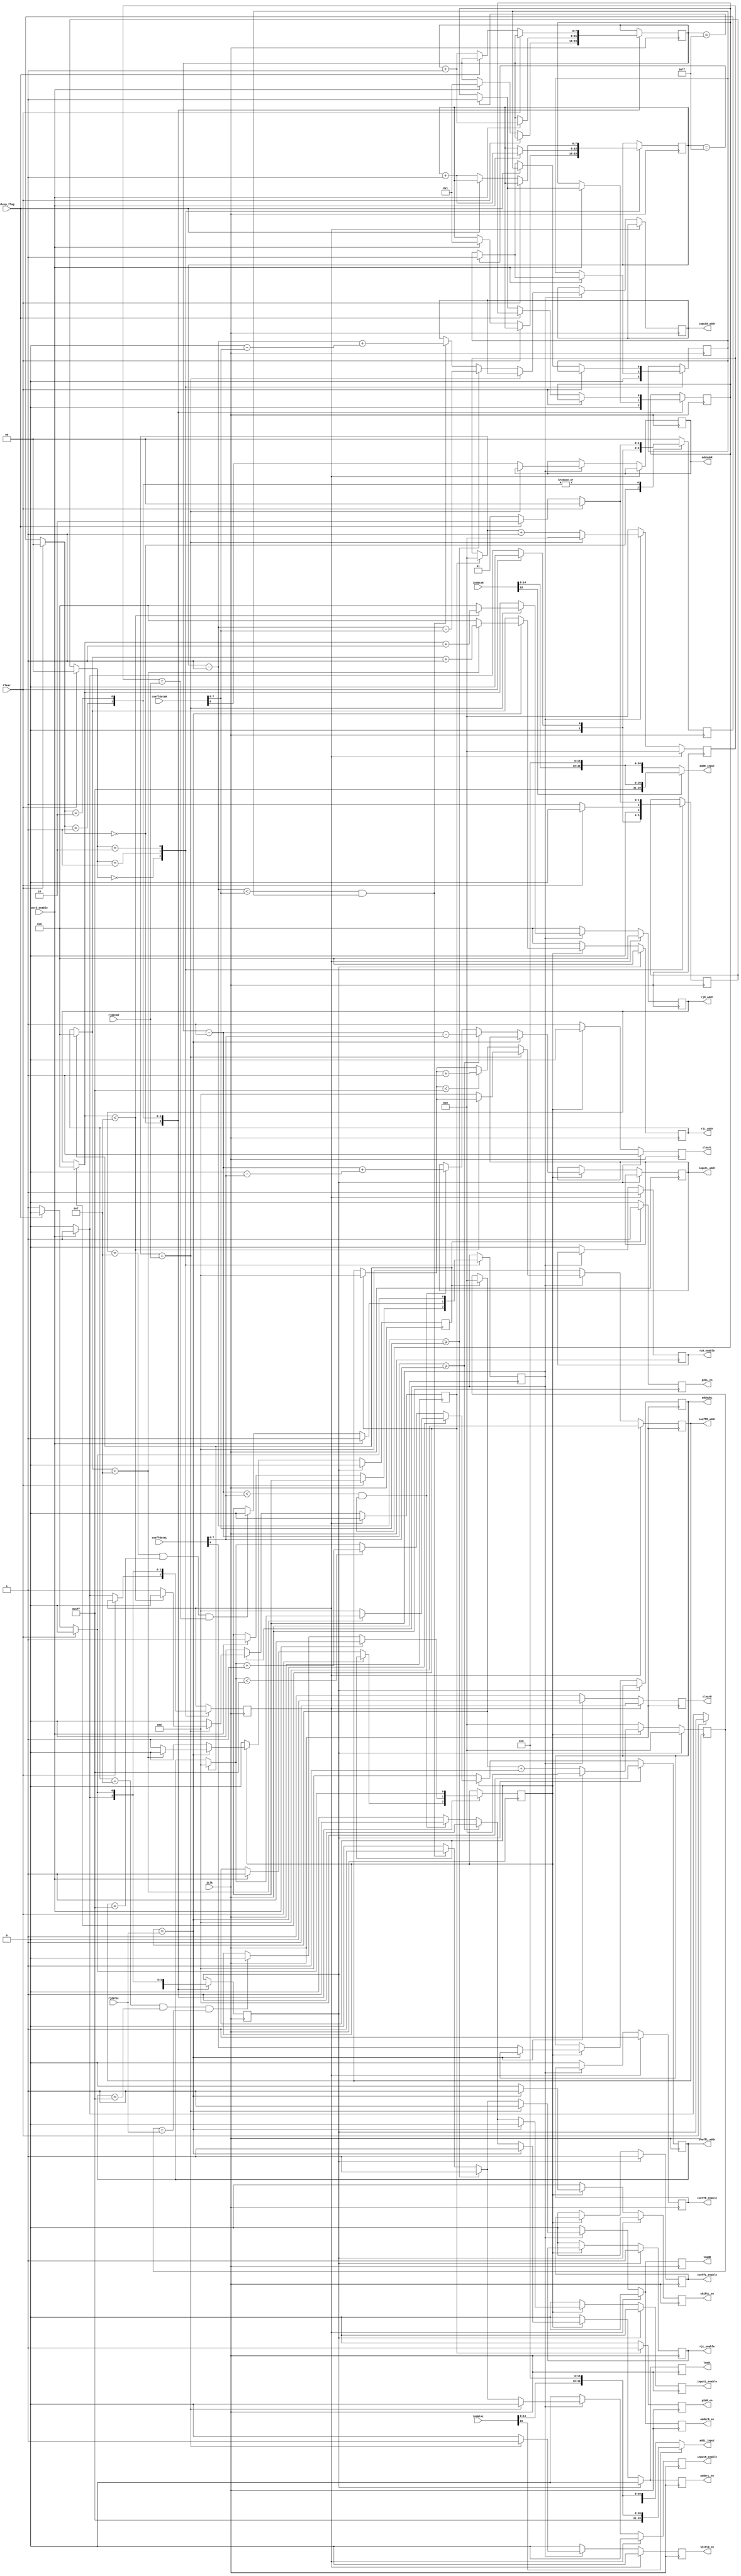
//////////////////////////////////////////////////////////////////////////////////
// Company: Zagazig University
// 
// Design Name: MSDAP
// Module Name: ALU_Controller    
// Project Name: 
// Target Devices: 
// Tool versions: 
// Description: 
//
// Dependencies: 
//
// Revision: 
// Revision 0.01 - File Created
// Additional Comments: 
//
////////////////////////////////////////////////////////////////////////////////
module alu_controller (
	input wire work_enable,
	input wire Clear,
	input wire Sclk,
	input wire sleep_flag,
	
	input wire [15:0] rjdataL, coeffdataL, indataL,
	input wire [15:0] rjdataR, coeffdataR, indataR,
	
	output wire [39:0] addL_input, addR_input,
	output reg rjL_enable, coeffL_enable, inputL_enable,
	output reg rjR_enable, coeffR_enable, inputR_enable,
	output reg addsubL, adderL_en, shiftL_en, loadL, clearL, p2sL_en,
	output reg addsubR, adderR_en, shiftR_en, loadR, clearR, p2sR_en,
        output reg [3:0] rjL_addr,
	output reg [8:0] coeffL_addr,
	output reg [7:0] inputL_addr,
	
	output reg [3:0] rjR_addr,
	output reg [8:0] coeffR_addr,
	output reg [7:0] inputR_addr
	
	
	);
	
	parameter start_ini_state = 2'b00, work_state = 2'b01, sleep_state = 2'b10;
	
	reg memL_overflow, start_workL, work_statusL, outL;
	reg memR_overflow, start_workR, work_statusR, outR;
	reg [1:0] present_stateL, next_stateL;
	reg [1:0] present_stateR, next_stateR;
	reg [7:0] kL, kR;
	reg [7:0] xcntL, x_indexL;
	reg [7:0] xcntR, x_indexR;
	
	assign addL_input = (indataL[15]) ? {8'hFF, indataL, 16'h0000} : {8'h00, indataL, 16'h0000};
	assign addR_input = (indataR[15]) ? {8'hFF, indataR, 16'h0000} : {8'h00, indataR, 16'h0000};
	
		
	always @(Clear, next_stateL)
	begin
		if (Clear == 1'b1)
			present_stateL <= start_ini_state;
		else
			present_stateL <= next_stateL;
	end
	
	always @(negedge Sclk)
	begin
		case (present_stateL)
			start_ini_state:
				begin
					memL_overflow <= 1'b0;
					if (Clear == 1'b1)
						next_stateL <= start_ini_state;
					else if (work_enable == 1'b1)
					begin
						next_stateL <= work_state;
						xcntL <= 8'd1;
						start_workL <= 1'b1;
						work_statusL <= 1'b1;
					end
					else
					begin
						next_stateL <= start_ini_state;
						xcntL <= xcntL;
						start_workL <= 1'b0;
					end
				end
			
			work_state:
				begin
					if (work_enable == 1'b1)
					begin
						xcntL <= xcntL + 1'b1;
						start_workL <= 1'b1;
						work_statusL <= 1'b1;
						if (xcntL == 8'hFF)
							memL_overflow <= 1'b1;
						else
							memL_overflow <= memL_overflow;
					end
					else
					begin
						start_workL <= 1'b0;
						memL_overflow <= memL_overflow;
						if (rjL_addr == 4'hF && coeffL_addr == 9'h1FF && kL == rjdataL)
							work_statusL <= 1'b0;
						else
							work_statusL <= work_statusL;
					end
					
					if (Clear == 1'b1)
						next_stateL <= start_ini_state;
					else if (sleep_flag == 1'b1)
						next_stateL <= sleep_state;
					else
						next_stateL <= work_state;
				end
			
			sleep_state:
				begin
					xcntL <= xcntL;
					memL_overflow <= memL_overflow;
					start_workL <= 1'b0;
					work_statusL <= 1'b0;
					if (Clear == 1'b1)
						next_stateL <= start_ini_state;
					else if (sleep_flag == 1'b0)
					begin
						xcntL <= xcntL + 1'b1;
						start_workL <= 1'b1;
						work_statusL <= 1'b1;
						if (xcntL == 8'hFF)
							memL_overflow <= 1'b1;
						else
							memL_overflow <= memL_overflow;
						next_stateL <= work_state;
					end
					else
						next_stateL <= sleep_state;
				end
				
			default:	next_stateL <= start_ini_state;
		endcase
	end
	
	always @(negedge Sclk)
	begin
		if (outL)
		begin
			p2sL_en = 1'b1;
			rjL_addr = 4'd0;
			coeffL_addr = 9'd0;
			kL = 8'd0;
			outL = 1'b0;
			clearL = 1'b1;
		end
		else
			p2sL_en = 1'b0;
		
		if (start_workL == 1'b1)
		begin
			outL = 1'b0;
			rjL_addr = 4'd0;
			rjL_enable = 1'b1;
			coeffL_addr = 9'd0;
			coeffL_enable = 1'b1;
			inputL_enable = 1'b0;
			adderL_en = 1'b0;
			shiftL_en = 1'b0;
			kL = 8'd0;
			clearL = 1'b1;
			loadL = 1'b0;
		end
		else if (work_statusL == 1'b1)
		begin
			if (kL == rjdataL)
			begin
				inputL_enable = 1'b0;
				shiftL_en = 1'b1;
				clearL = 1'b0;
				loadL = 1'b1;
				adderL_en = 1'b1;
				kL = 8'd0;
				if (rjL_addr < 4'd15)
				begin
					rjL_addr = rjL_addr + 1'b1;
				end
				else
				begin
					rjL_addr = 4'd0;
					outL = 1'b1;
					coeffL_addr = 9'd0;
				end
			end
			else
			begin
				shiftL_en = 1'b0;
				clearL = 1'b0;
				loadL = 1'b0;
				inputL_enable = 1'b0;
				x_indexL = coeffdataL[7:0];
				addsubL = coeffdataL[8];
				if (xcntL - 1'b1 >= x_indexL)
				begin
					inputL_addr = xcntL - 1'b1 - x_indexL;
					inputL_enable = 1'b1;
					adderL_en = 1'b1;
					loadL = 1'b1;
				end
				else if (xcntL - 1'b1 < x_indexL && memL_overflow == 1'b1)
				begin
					inputL_addr = xcntL - 1'b1 + (9'd256 - x_indexL);
					inputL_enable = 1'b1;
					adderL_en = 1'b1;
					loadL = 1'b1;
				end
				else
				begin
					inputL_addr = inputL_addr;
					adderL_en = 1'b0;
				end
				
				if (coeffL_addr < 9'h1FF)
					coeffL_addr = coeffL_addr + 1'b1;
				else
					coeffL_addr = coeffL_addr;
				
				kL = kL + 1'b1;
			end
		end
		else
		begin
			rjL_addr = 4'd0;
			rjL_enable = 1'b0;
			coeffL_addr = 9'd0;
			coeffL_enable = 1'b0;
			inputL_enable = 1'b0;
			adderL_en = 1'b0;
			shiftL_en = 1'b0;
			kL = 8'd0;
			loadL = 1'b0;
			clearL = 1'b1;
		end
	end
	
	
	// Right side FSM
	
	always @(Clear, next_stateR)
	begin
		if (Clear == 1'b1)
			present_stateR <= start_ini_state;
		else
			present_stateR <= next_stateR;
	end
	
	always @(negedge Sclk)
	begin
		case (present_stateR)
			start_ini_state:
				begin
					memR_overflow <= 1'b0;
					if (Clear == 1'b1)
						next_stateR <= start_ini_state;
					else if (work_enable == 1'b1)
					begin
						next_stateR <= work_state;
						xcntR <= 8'd1;
						start_workR <= 1'b1;
						work_statusR <= 1'b1;
					end
					else
					begin
						next_stateR <= start_ini_state;
						xcntR <= xcntR;
						start_workR <= 1'b0;
					end
				end
			
			work_state:
				begin
					if (work_enable == 1'b1)
					begin
						xcntR <= xcntR + 1'b1;
						start_workR <= 1'b1;
						work_statusR <= 1'b1;
						if (xcntR == 8'hFF)
							memR_overflow <= 1'b1;
						else
							memR_overflow <= memR_overflow;
					end
					else
					begin
						start_workR <= 1'b0;
						memR_overflow <= memR_overflow;
						if (rjR_addr == 4'hF && coeffR_addr == 9'h1FF && kR == rjdataR)
							work_statusR <= 1'b0;
						else
							work_statusR <= work_statusR;
					end
					
					if (Clear == 1'b1)
						next_stateR <= start_ini_state;
					else
						next_stateR <= work_state;
				end
			
			sleep_state:
				begin
					xcntR <= xcntR;
					memR_overflow <= memR_overflow;
					start_workR <= 1'b0;
					work_statusR <= 1'b0;
					if (Clear == 1'b1)
						next_stateR <= start_ini_state;
					else if (sleep_flag == 1'b0)
					begin
						xcntR <= xcntR + 1'b1;
						start_workR <= 1'b1;
						work_statusR <= 1'b1;
						if (xcntR == 8'hFF)
							memR_overflow <= 1'b1;
						else
							memR_overflow <= memR_overflow;
						next_stateR <= work_state;
					end
					else
						next_stateR <= sleep_state;
				end
				
			default:
				begin
				end
		endcase
	end
	
	always @(negedge Sclk)
	begin
		if (outR)
		begin
			p2sR_en = 1'b1;
			rjR_addr = 4'd0;
			coeffR_addr = 9'd0;
			kR = 8'd0;
			outR = 1'b0;
		end
		else
			p2sR_en = 1'b0;
		
		if (start_workR == 1'b1)
		begin
			outR = 1'b0;
			rjR_addr = 4'd0;
			rjR_enable = 1'b1;
			coeffR_addr = 9'd0;
			coeffR_enable = 1'b1;
			inputR_enable = 1'b0;
			adderR_en = 1'b0;
			shiftR_en = 1'b0;
			kR = 8'd0;
			clearR = 1'b1;
			loadR = 1'b0;
		end
		else if (work_statusR == 1'b1)
		begin
			if (kR == rjdataR)
			begin
				inputR_enable = 1'b0;
				shiftR_en = 1'b1;
				clearR = 1'b0;
				loadR = 1'b1;
				adderR_en = 1'b1;
				kR = 8'd0;
				if (rjR_addr < 4'd15)
				begin
					rjR_addr = rjR_addr + 1'b1;
				end
				else
				begin
					rjR_addr = 4'd0;
					outR = 1'b1;
					coeffR_addr = 9'd0;
				end
			end
			else
			begin
				shiftR_en = 1'b0;
				clearR = 1'b0;
				loadR = 1'b0;
				inputR_enable = 1'b0;
				x_indexR = coeffdataR[7:0];
				addsubR = coeffdataR[8];
				if (xcntR - 1'b1 >= x_indexR)
				begin
					inputR_addr = xcntR - 1'b1 - x_indexR;
					inputR_enable = 1'b1;
					adderR_en = 1'b1;
					loadR = 1'b1;
				end
				else if (xcntR - 1'b1 < x_indexR && memR_overflow == 1'b1)
				begin
					inputR_addr = xcntR - 1'b1 + (9'd256 - x_indexR);
					inputR_enable = 1'b1;
					adderR_en = 1'b1;
					loadR = 1'b1;
				end
				else
				begin
					inputR_addr = inputR_addr;
					adderR_en = 1'b0;
				end
				
				if (coeffR_addr < 9'h1FF)
					coeffR_addr = coeffR_addr + 1'b1;
				else
					coeffR_addr = coeffR_addr;
				
				kR = kR + 1'b1;
			end
		end
		else
		begin
			rjR_addr = 4'd0;
			rjR_enable = 1'b0;
			coeffR_addr = 9'd0;
			coeffR_enable = 1'b0;
			inputR_enable = 1'b0;
			adderR_en = 1'b0;
			shiftR_en = 1'b0;
			kR = 8'd0;
			loadR = 1'b0;
			clearR = 1'b1;
		end
	end
	
endmodule